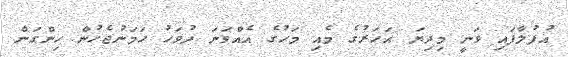
އުފުލާފައި ވަނީ މިދިޔަ އަހަރުގެ މެއި މަހުގެ އެއްވަނަ ދުވަހު ހަމަނުޖެހުން ހިންގަން